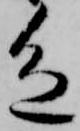
色